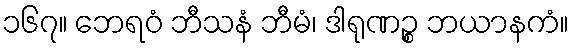
၁၆၇။ ဘေရဝံ ဘီသနံ ဘီမံ၊ ဒါရုဏဉ္စ ဘယာနကံ။